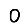
Digit: 0